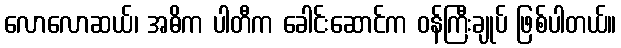
လောလောဆယ်၊ အဓိက ပါတီက ခေါင်းဆောင်က ဝန်ကြီးချုပ် ဖြစ်ပါတယ်။